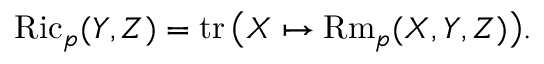
\operatorname { R i c } _ { p } ( Y , Z ) = \operatorname { t r } { \big ( } X \mapsto \operatorname { R m } _ { p } ( X , Y , Z ) { \big ) } .